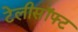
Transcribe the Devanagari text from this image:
टेलीसॉफ्ट